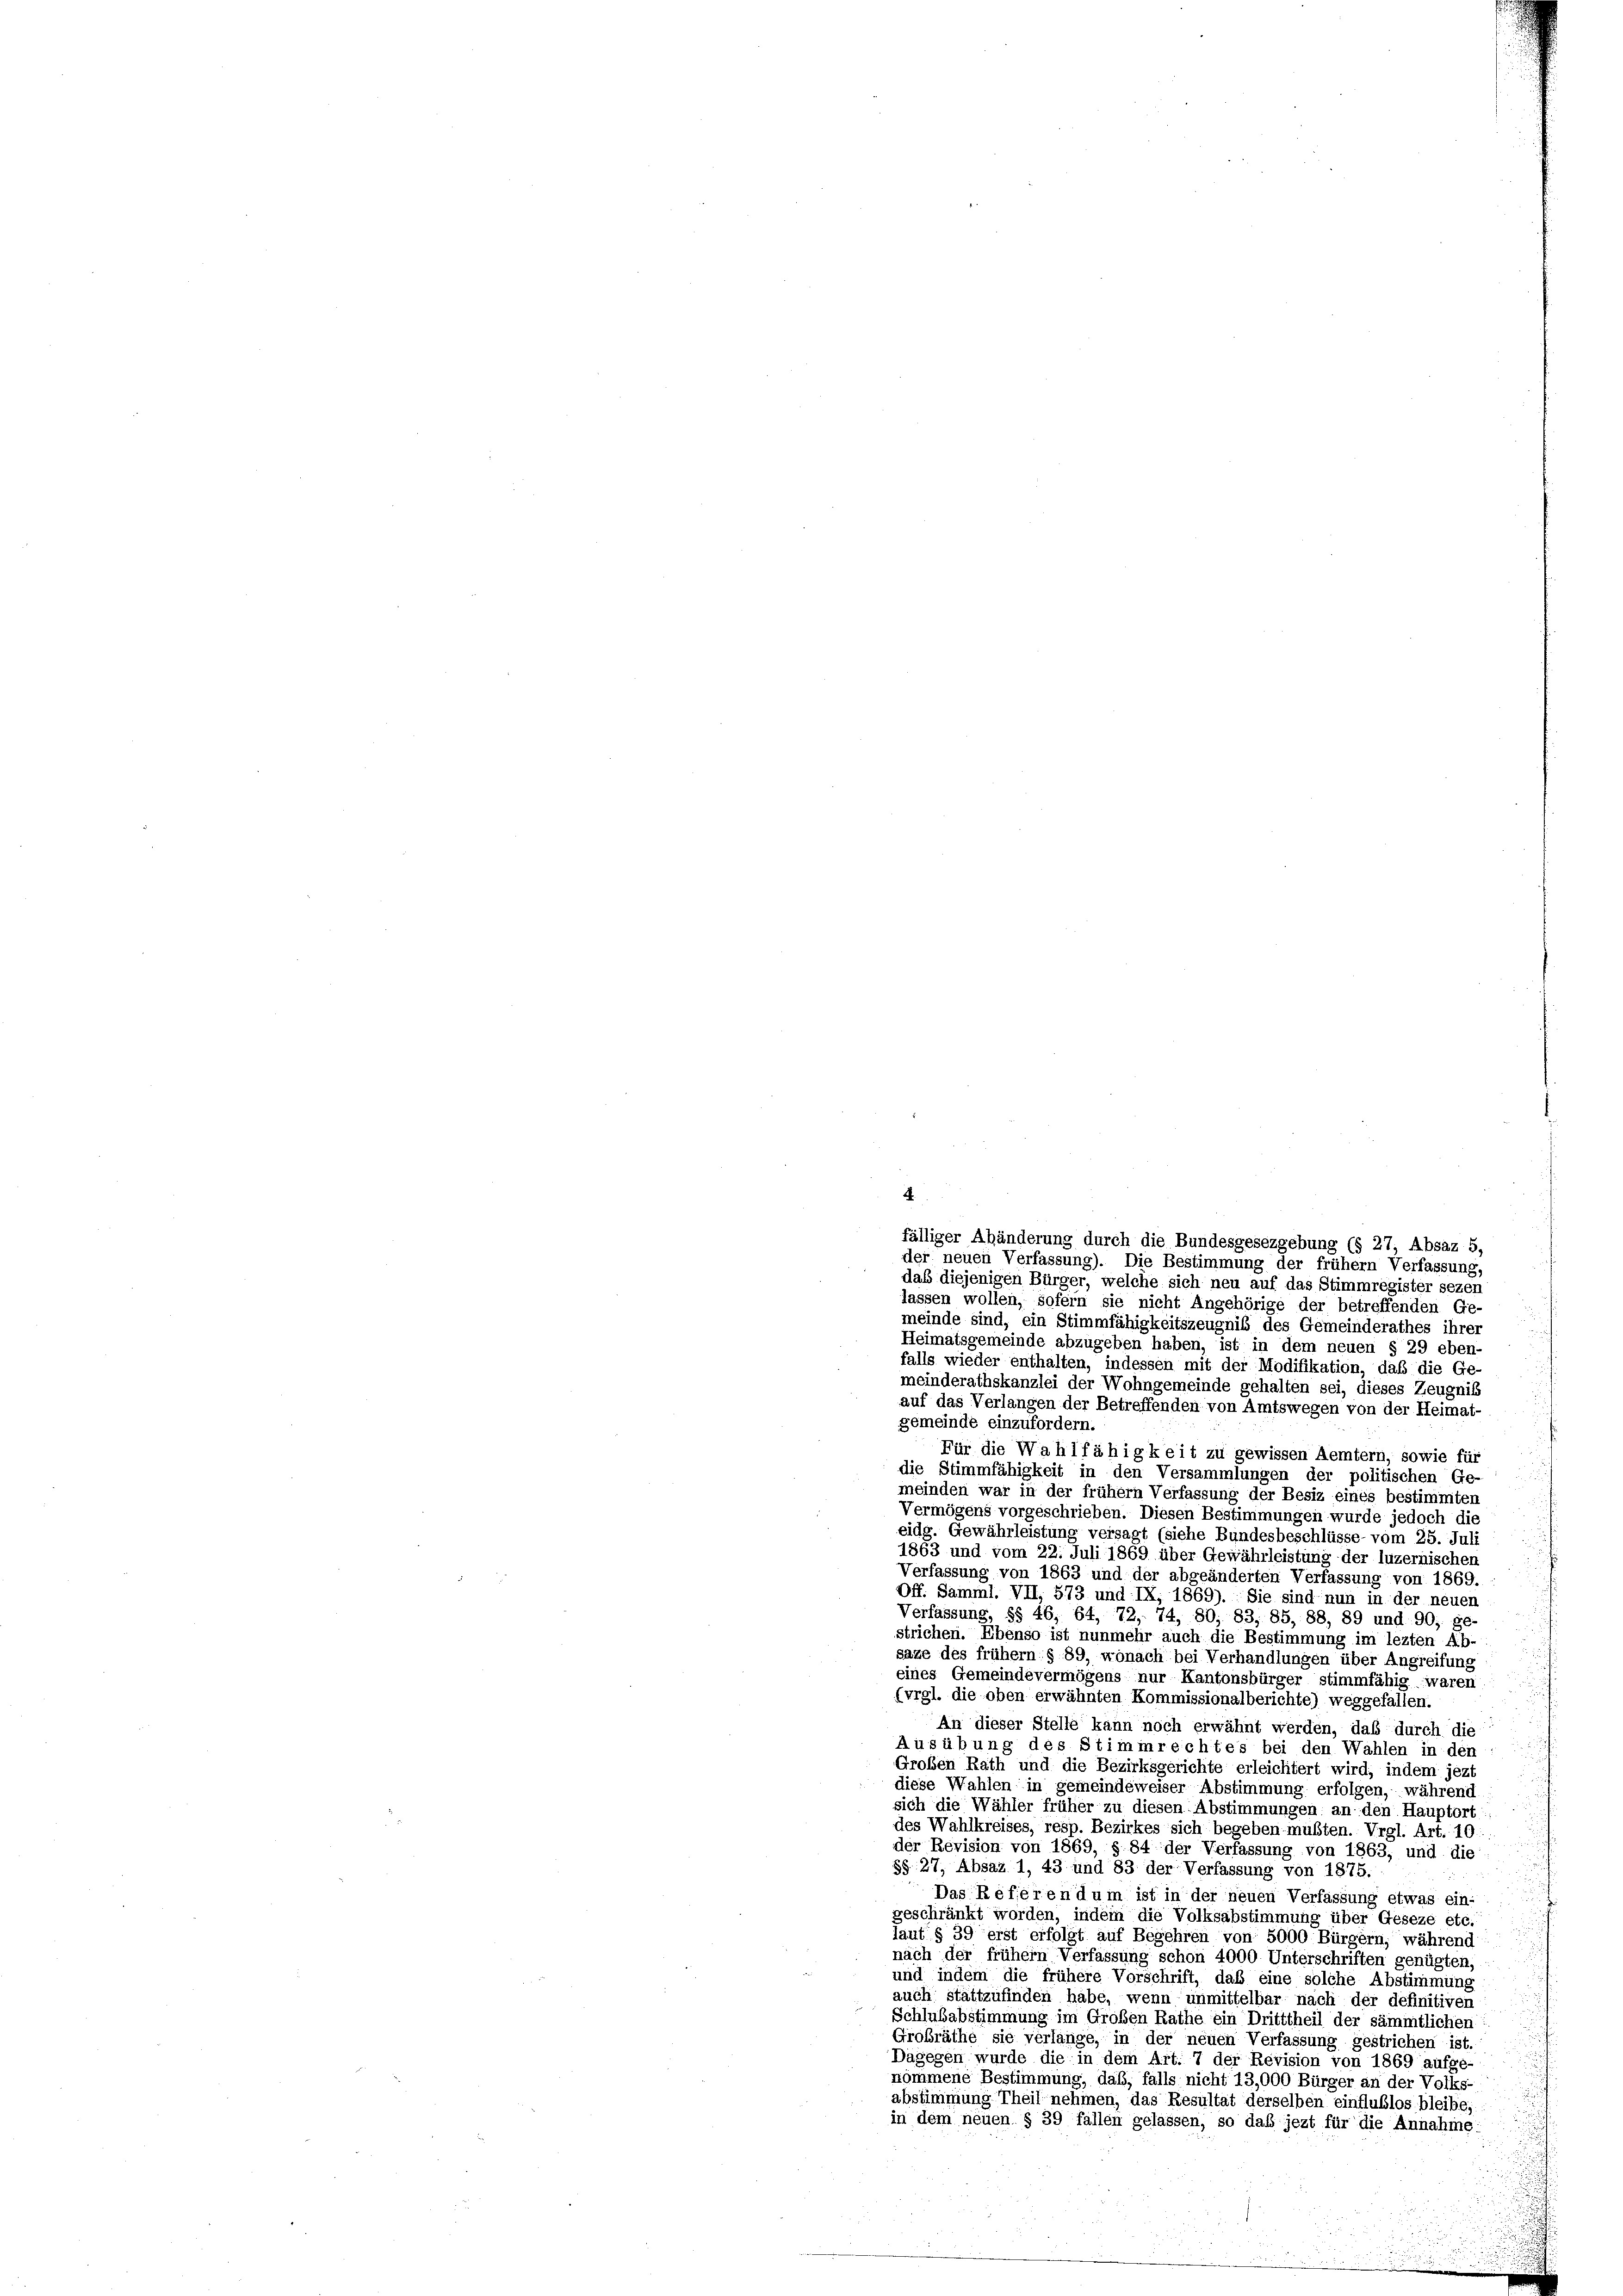
4

fälliger Abänderung durch die Bundesgesezgebung (§ 27, Absaz 5
der neuen Verfassung). Die Bestimmung der frühem Verfassung,
das diejenigen Bürger, welche sich neu auf das Stimmregister sezen
lassen wollen, sofern sie nicht Angehörige der betreffenden Ge-
meinde sind, ein Stimmfähigkeitszeugniß des Gemeinderathes ihrer
Heimatsgemeinde abzugeben haben, ist in dem neuen § 29 eben-
falls wieder enthalten, indessen mit der Modifikation, daß die Ge-
meinderathskanzlei der Wohngemeinde gehalten sei, dieses Zeugnis
auf das Verlangen der Betreffenden von Amtswegen von der Heimat-
gemeinde einzufordern.
Für die Wahlfähigkeit zu gewissen Aemtern, sowie für
die Stimmfähigkeit in den Versammlungen der politischen Ge-
meinden war in der frühem Verfassung der Besiz eines bestimmten
Vermögens vorgeschrieben. Diesen Bestimmungen wurde jedoch die
eidg. Gewährleistung versagt (siehe Bundesbeschlüsse vom 25. Juli
1863 und vom 22. Juli 1869 über Gewährleistung der luzernischen
Verfassung von 1863 und der abgeänderten Verfassung von 1869.
Off. Samml. VII, 573 und IX, 1869). Sie sind nun in der neuen
Verfassung, §§ 46, 64, 72, 74, 80, 83, 85, 88, 89 und 90; ge-
strichen. Ebenso ist nunmehr auch die Bestimmung im lezten Ab-
saze des frühem § 89, wonach bei Verhandlungen über Angreifung
eines Gemeindevermögens nur Kantonsbürger stimmfähig waren
(vrgl. die oben erwähnten Kommissionalberichte) weggefallen.
An dieser Stelle kann noch erwähnt werden, daß durch die
Ausübung des Stimmrechtes bei den Wahlen in den
Großen Rath und die Bezirksgerichte erleichtert wird, indem jezt
diese Wahlen in gemeindeweiser Abstimmung erfolgen, während
sich die Wähler früher zu diesen Abstimmungen an den Hauptort
des Wahlkreises, resp. Bezirkes sich begeben mußten. Vrgl. Art. 10
der Revision von 1869, § 84 der Verfassung von 1863, und die
§§. 27, Absaz 1, 43 und 83 der Verfassung von 1875.
Das Referendum ist in der neuen Verfassung etwas ein-
geschränkt worden, indem die Volksabstimmung über Geseze etc.“
laut § 39 erst erfolgt auf Begehren von 5000 Bürgern, während
nach der frühem Verfassung schon 4000 Unterschriften genügten,
und indem die frühere Vorschrift, daß eine solche Abstimmung
auch stattzufinden habe, wenn unmittelbar nach der definitiven
Schlubabstimmung im Großen Rathe ein Dritttheil der sämmtlichen
Großräthe sie verlange, in der neuen Verfassung gestrichen ist,
Dagegen wurde die in dem Art. 7 der Revision von 1869 aufge-
nommene Bestimmung, daß, falls nicht 13,000 Bürger an der Volks-
abstimmung Theil nehmen, das Resultat derselben einflublos bleibe,
in dem neuen § 39 fallen gelassen, so daß jezt für die Annahme: